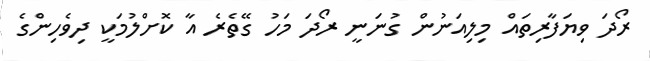
ރޯދަ ވިޔަފާރިތައް މިލިއަނުން ގުނަނީ ރޯދަ މަހު ގޭތެރެ އާ ކޮށްލުމަކީ ދިވެހިންގެ